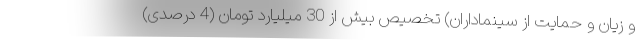
و زیان و حمایت از سینماداران) تخصیص بیش از 30 میلیارد تومان (4 درصدی)